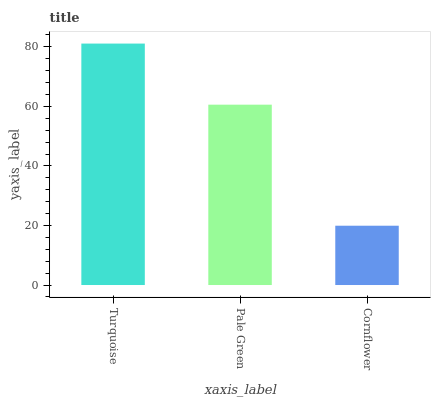
| xaxis_label | bars |
 | --- | --- |
 | Turquoise | 81.1 |
 | Pale Green | 60.6 |
 | Cornflower | 19.9 |